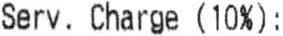
SERV. CHARGE (10%) :